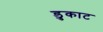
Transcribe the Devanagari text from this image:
डुकाट